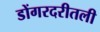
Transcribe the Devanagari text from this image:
डोंगरदरीतली